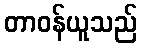
တာဝန်ယူသည်